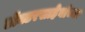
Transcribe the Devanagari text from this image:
डॉक्टरसाहेबांच्या